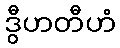
ဒွီဟတီဟံ